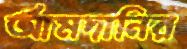
আমদানির